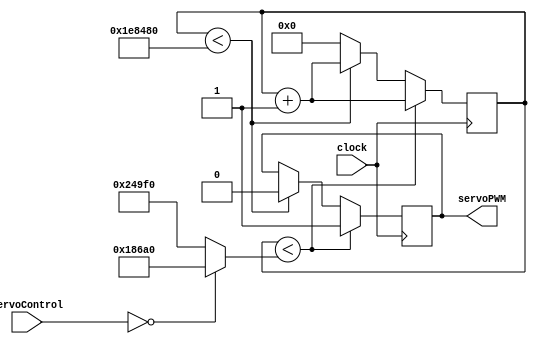
`timescale 1ns / 1ps
//////////////////////////////////////////////////////////////////////////////////
// Company: 
// Engineer: 
// 
// Design Name: 
// Module Name: servo
// Project Name: 
// Target Devices: 
// Tool Versions: 
// Description: 
// 
// Dependencies: 
// 
// Revision:
// Revision 0.01 - File Created
// Additional Comments:
// 
//////////////////////////////////////////////////////////////////////////////////


module servo(
    input clock,
    input [31:0] servoControl,
    output reg servoPWM
    );
    
    wire clk;
    
    assign clk = clock;
    
    wire [22:0] stepCounterLimit, lowLimit, penUpLimit, penDownLimit;
    //for transition to x, y would have separate files controlling each movement
	assign stepCounterLimit = 2000000;
	assign penUpLimit = 150000;
	assign penDownLimit = 100000;
	assign lowLimit = (servoControl == 32'b0) ? penDownLimit : penUpLimit;
	
	reg clk1MHz = 0;
	reg [22:0] stepCounter = 0;
	always @(posedge clk) begin
	   if (stepCounter < lowLimit) begin
	       //set servoPWM to 1
	       //add 1 to stepCounter
	       servoPWM <= 1;
	       stepCounter <= stepCounter + 1;	       
	   end else if (stepCounter < stepCounterLimit) begin
	       stepCounter <= stepCounter + 1;
	       //set servoPWM to low (0)
	       servoPWM <= 0;
	   end else begin
	       stepCounter <= 0;
	   end
    end
   
endmodule